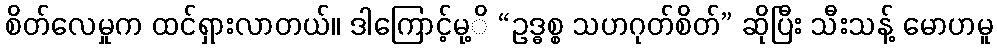
စိတ်လေမှုက ထင်ရှားလာတယ်။ ဒါကြောင့်မု့ိ “ဥဒ္ဓစ္စ သဟဂုတ်စိတ်” ဆိုပြီး သီးသန့် မောဟမူ